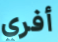
أفري